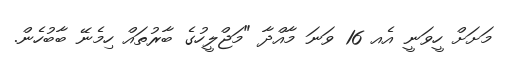
މަށަށް ހީވަނީ އެއ 16 ވަނަ މާއްދާ "މަޖްލީހުގެ ބާރުތައް ހިމެނޭ ބާބުހެން.